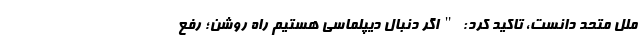
ملل متحد دانست، تاکید کرد: "اگر دنبال دیپلماسی هستیم راه روشن؛ رفع